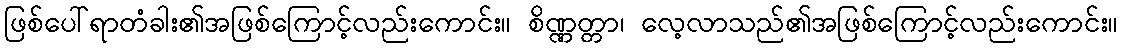
ဖြစ်ပေါ်ရာတံခါး၏အဖြစ်ကြောင့်လည်းကောင်း။ စိဏ္ဏတ္တာ၊ လေ့လာသည်၏အဖြစ်ကြောင့်လည်းကောင်း။